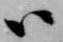
ハ